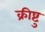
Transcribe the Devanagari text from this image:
क्रीष्टु